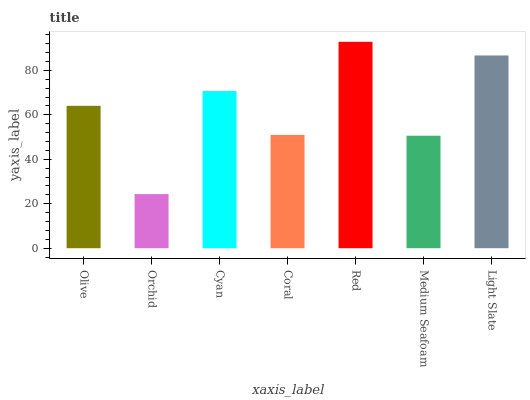
| xaxis_label | bars |
 | --- | --- |
 | Olive | 64.1 |
 | Orchid | 24.4 |
 | Cyan | 70.7 |
 | Coral | 51 |
 | Red | 92.9 |
 | Medium Seafoam | 50.6 |
 | Light Slate | 86.7 |